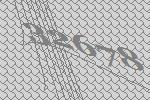
32678